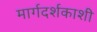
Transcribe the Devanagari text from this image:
मार्गदर्शकाशी